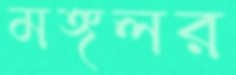
মঙ্গলর